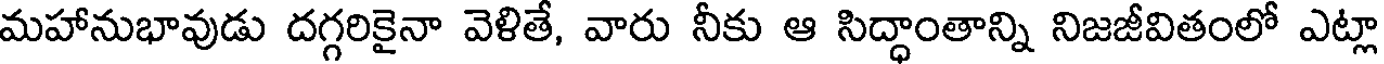
మహానుభావుడు దగ్గరికైనా వెళితే, వారు నీకు ఆ సిద్ధాంతాన్ని నిజజీవితంలో ఎట్లా